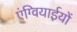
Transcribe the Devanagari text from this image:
एंग्वियाईयों